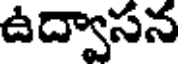
ఉద్వాసన